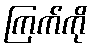
ကြက်ကို